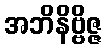
အဘိနိဗ္ဗိဇ္ဇ